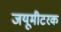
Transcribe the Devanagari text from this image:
जयूमीटरक